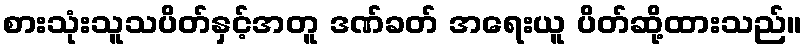
စားသုံးသူသပိတ်နှင့်အတူ ဒဏ်ခတ် အရေးယူ ပိတ်ဆို့ထားသည်။